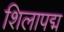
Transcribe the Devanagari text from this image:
शिलापद्म